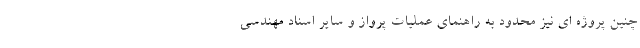
چنین پروژه ای نیز محدود به راهنمای عملیات پرواز و سایر اسناد مهندسی